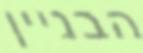
הבניין